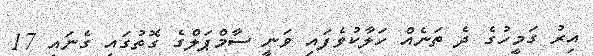
އިރު ގަމީހުގެ ދެ ތަނެއް ހަލާކުވެފައި ވަނީ ސާމްޕަލްގެ ގޮތުގައި ގެނައި 17